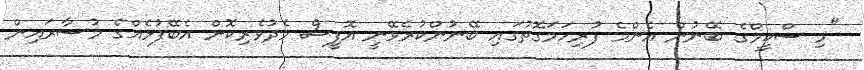
"މި ސްކީމްގެ ބޭނުން އެންމެ ފުރިހަމަގޮތުގައި ބޭނުންކުރެވޭނީ އޮފީސް މެދުވެރިކޮށް އެބޭފުޅެއްގެ މުސާރައިން